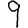
Digit: 9